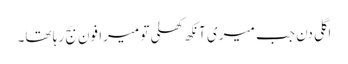
اگلی دن جب میری آنکھ کھلی تو میرا فون بج رہا تھا۔